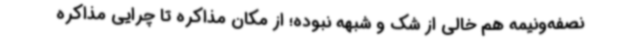
نصفه‌ونیمه هم خالی از شک و شبهه نبوده؛ از مکان مذاکره تا چرایی مذاکره